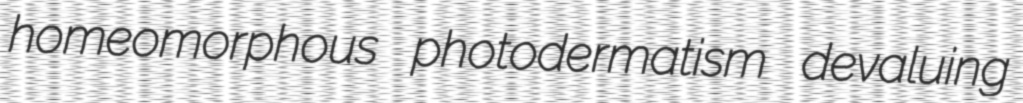
homeomorphous photodermatism devaluing